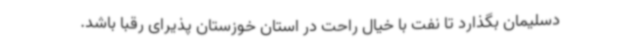
دسلیمان بگذارد تا نفت با خیال راحت در استان خوزستان پذیرای رقبا باشد.